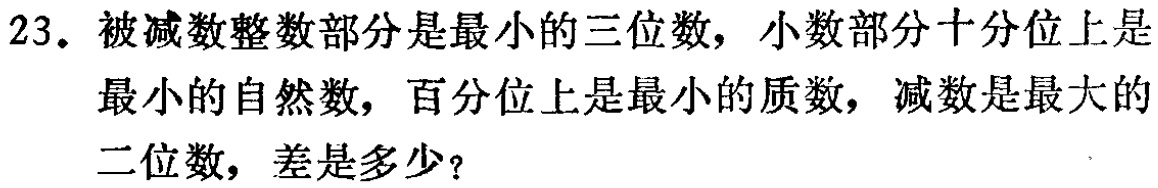
23. 被减数整数部分是最小的三位数，小数部分十分位上是

最小的自然数，百分位上是最小的质数，减数是最大的

二位数，差是多少？